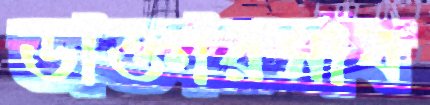
ডাক্তারসাব